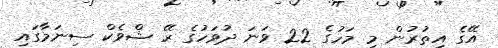
އޭގެ އިތުރުން މި މަހުގެ 22 ވަނަ ދުވަހުގެ ރޭ ޝްވެކް ސިނަމާގައި